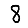
Digit: 8